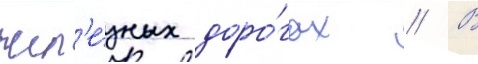
жел'е́зных доро́гах // В